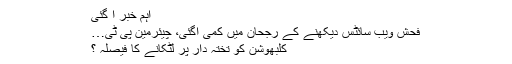
اہم خبر آ گئی
فحش ویب سائٹس دیکھنے کے رجحان میں کمی آگئی، چیئرمین پی ٹی…
کلبھوشن کو تختہ دار پر لٹکانے کا فیصلہ ؟